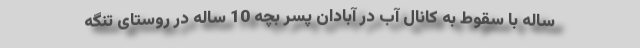
ساله با سقوط به کانال آب در آبادان پسر بچه 10 ساله در روستای تنگه